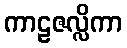
ကာဠဇလ္လိကာ